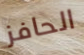
الحافز